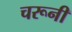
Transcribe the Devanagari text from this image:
चरूनी